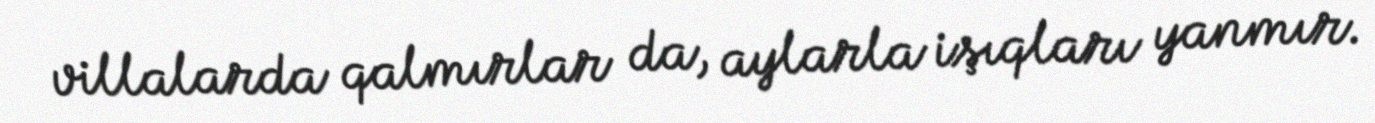
villalarda qalmırlar da, aylarla işıqları yanmır.